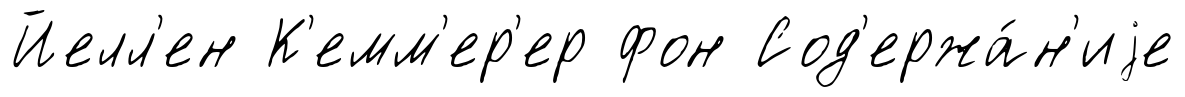
Йелл'ен К'емм'ер'ер фон Сод'ержа́н'иjе